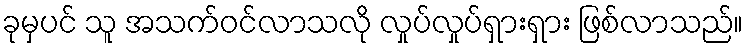
ခုမှပင် သူ အသက်ဝင်လာသလို လှုပ်လှုပ်ရှားရှား ဖြစ်လာသည်။